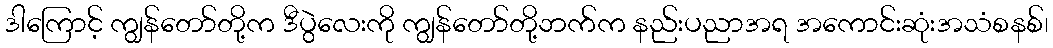
ဒါကြောင့် ကျွန်တော်တို့က ဒီပွဲလေးကို ကျွန်တော်တို့ဘက်က နည်းပညာအရ အကောင်းဆုံးအသံစနစ်၊